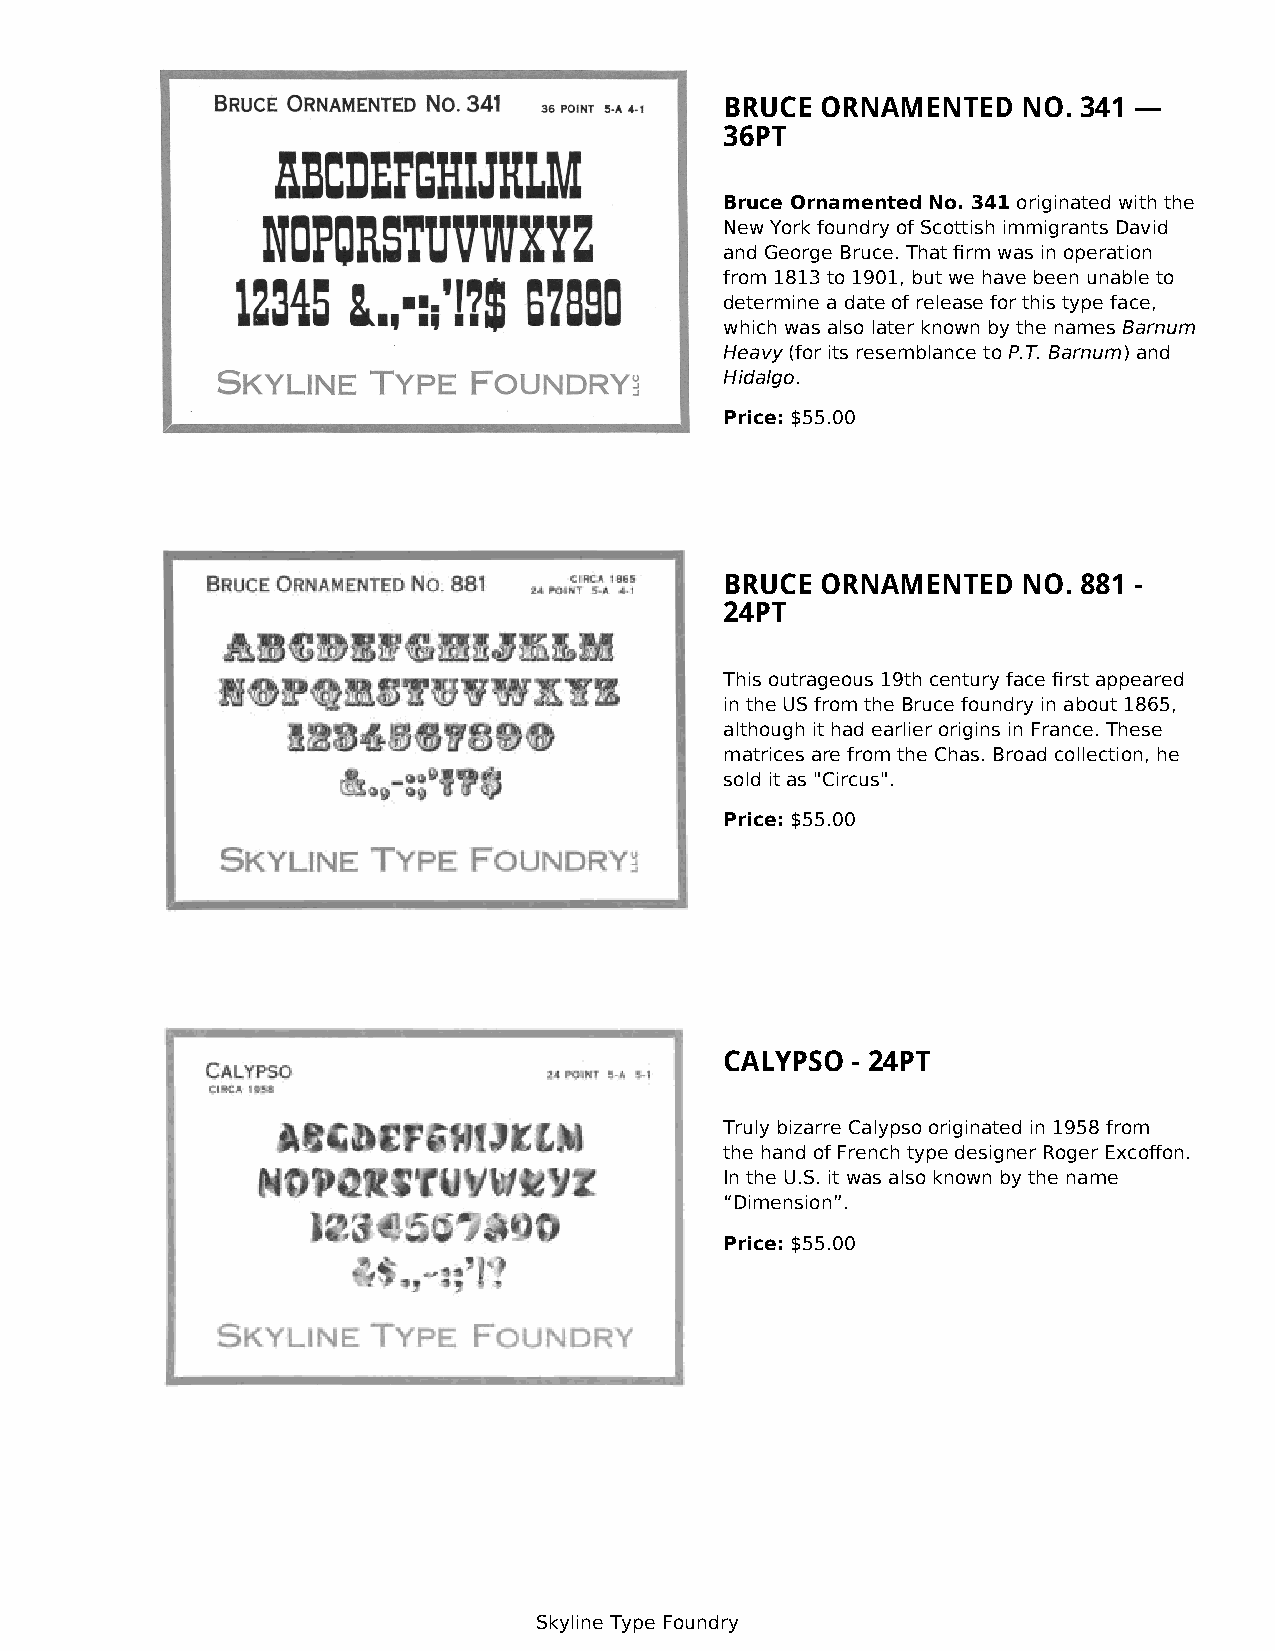
BRUCE ORNAMENTED    NO. 341 —
 36PT
 Bruce Ornamented No. 341 originated with the
 New York foundry of Scottish immigrants David
 and George Bruce. That firm was in operation
 from 1813 to 1901, but we have been unable to
 determine a date of release for this type face,
 which was also later known by the names Barnum
 Heavy (for its resemblance to P.T. Barnum) and
 Hidalgo.
 Price: $55.00
 BRUCE ORNAMENTED    NO. 881 -
 24PT
 This outrageous 19th century face first appeared
 in the US from the Bruce foundry in about 1865,
 although it had earlier origins in France. These
 matrices are from the Chas. Broad collection, he
 sold it as "Circus".
 Price: $55.00
 CALYPSO - 24PT
 Truly bizarre Calypso originated in 1958 from
 the hand of French type designer Roger Excoffon.
 In the U.S. it was also known by the name
 “Dimension”.
 Price: $55.00
 Skyline Type Foundry